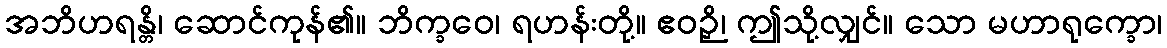
အဘိဟရန္တိ၊ ဆောင်ကုန်၏။ ဘိက္ခဝေ၊ ရဟန်းတို့။ ဧဝဉှိ၊ ဤသို့လျှင်။ သော မဟာရုက္ခော၊